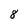
Character: 8